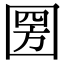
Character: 圐